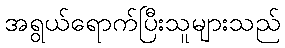
အရွယ်ရောက်ပြီးသူများသည်